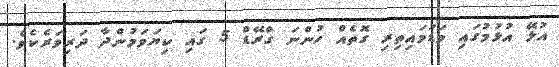
އުޅޭ އުޅުމުގައި މަޑުމައިތިރި ގޮތެއް ހުންނަ ގްރޭޑް 5 ގައި ކިޔަވަމުންދާ ދަރިވަރެކެވެ.